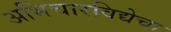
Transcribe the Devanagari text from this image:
अभिचारविद्येचा